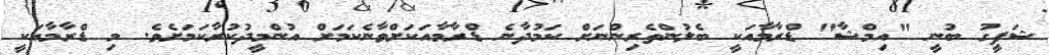
ޝަފީގު ބުނީ "އިމްޝާ" ޑްރާމާއަކީ ބެލުންތެރިންނަށް ކަމުދާނެ ޑްރާމާއަކަށްވާނެކަމަށް އުންމީދުކުރާކަމަށެވެ. މި ޑްރާމާއަކީ